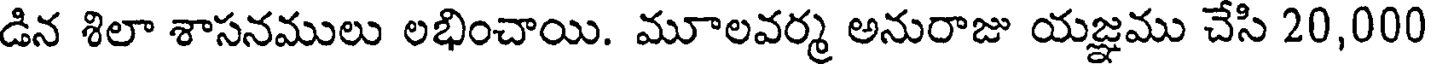
డిన శిలా శాసనములు లభించాయి. మూలవర్మ అనురాజు యజ్ఞము చేసి 20,000